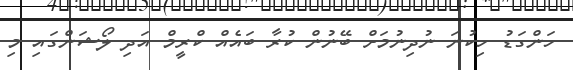
ހަންގަޑު ހިކުނަ ނުދިނުމަށް ބޭނުން ކުރާ ބައެއް ކްރީމް އަދި ލޯޝަންގައި މި